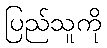
ပြည်သူကို